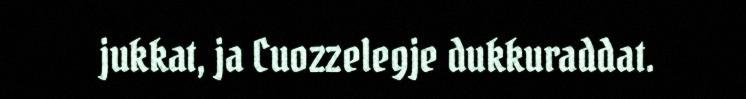
jukkat, ja Cuozzelegje dukkuraddat.